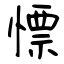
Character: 慓